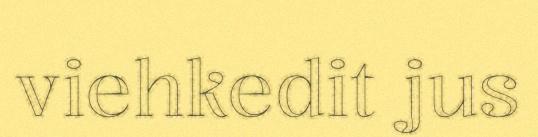
viehkedit jus